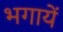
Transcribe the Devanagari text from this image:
भगायें